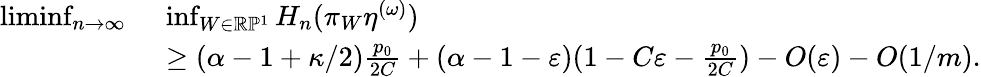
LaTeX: \begin{array}{rl}{\operatorname*{liminf}_{n\to\infty}\ }&{\operatorname*{inf}_{W\in\mathbb R\mathbb P^{1}}H_{n}(\pi_{W}\eta^{(\omega)})}\\ &{\geq(\alpha-1+\kappa/2)\frac{p_{0}}{2C}+(\alpha-1-\varepsilon)(1-C\varepsilon-\frac{p_{0}}{2C})-O(\varepsilon)-O(1/m).}\end{array}